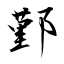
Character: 鄞